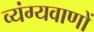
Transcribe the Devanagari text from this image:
व्यंग्यवाणों